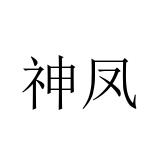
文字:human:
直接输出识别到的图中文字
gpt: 神凤